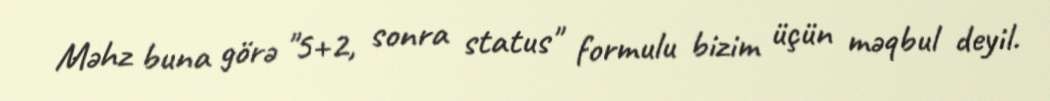
Məhz buna görə "5+2, sonra status" formulu bizim üçün məqbul deyil.